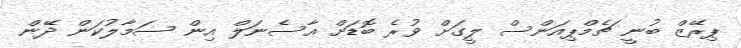
ޕިރޭޒް ބުނީ ޗެމްޕިއަންސް ލީގަށް ވުރެ ބޮޑަށް އާސެނަލް އިން ސަމާލުކަން ދޭން